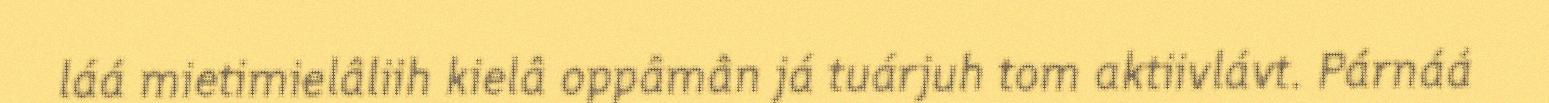
láá mietimielâliih kielâ oppâmân já tuárjuh tom aktiivlávt. Párnáá